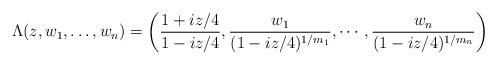
LaTeX: \begin{align*}\Lambda(z,w_1,\dots,w_n) &= \left( \frac{1+iz/4}{1-iz/4}, \frac{w_1}{(1-iz/4)^{1/m_1}}, \cdots,\frac{w_n}{(1-iz/4)^{1/m_n}}\right)\end{align*}